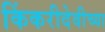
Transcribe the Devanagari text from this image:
किंकरीदेवीच्या